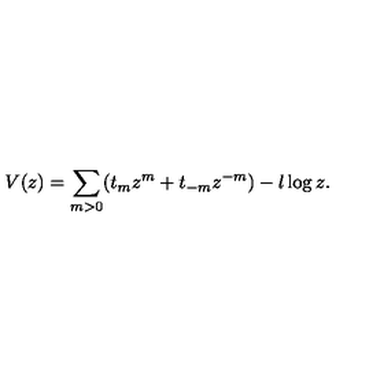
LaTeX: V ( z ) = \sum _ { m > 0 } ( t _ { m } z ^ { m } + t _ { - m } z ^ { - m } ) - l \log z .